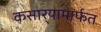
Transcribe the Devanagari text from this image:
कसार्‍यामार्फत